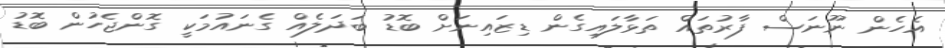
އެހެން ނޫނަސް ފާރުތައް ތަޅާލައިގެން ޑިޒައިނަށް ބޮޑު ބަދަލެއް ގެނައުމަކީ ގޮންޖެހުން ބޮޑު